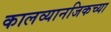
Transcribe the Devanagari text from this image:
कालव्यानजिकच्या